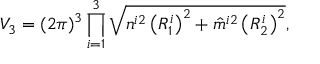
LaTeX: V _ { 3 } = ( 2 \pi ) ^ { 3 } \prod _ { i = 1 } ^ { 3 } \sqrt { n ^ { i 2 } \left( R _ { 1 } ^ { i } \right) ^ { 2 } + \hat { m } ^ { i 2 } \left( R _ { 2 } ^ { i } \right) ^ { 2 } } ,